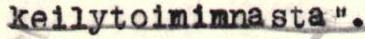
keilytoiminnasta".